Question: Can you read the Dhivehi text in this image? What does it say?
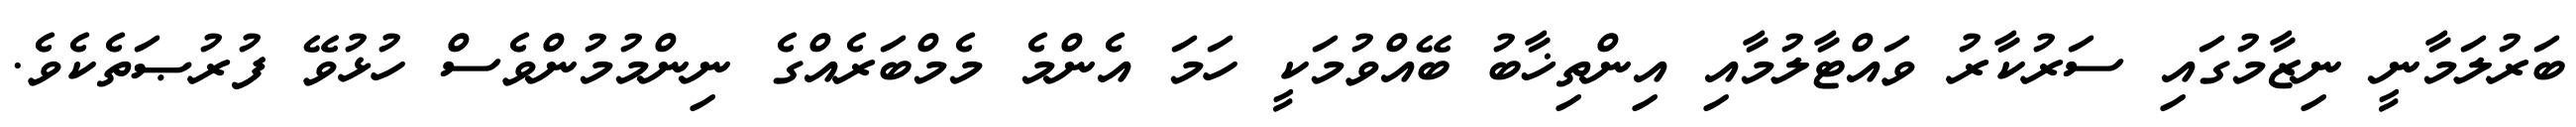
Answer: ބަރުލަމާނީ ނިޒާމުގައި ސަރުކާރު ވައްޓާލުމާއި އިންތިޚާބު ބޭއްވުމަކީ ހަމަ އެންމެ މެމްބަރެއްގެ ނިންމުމުންވެސް ހުޅުވޭ ފުރުޞަތެކެވެ.